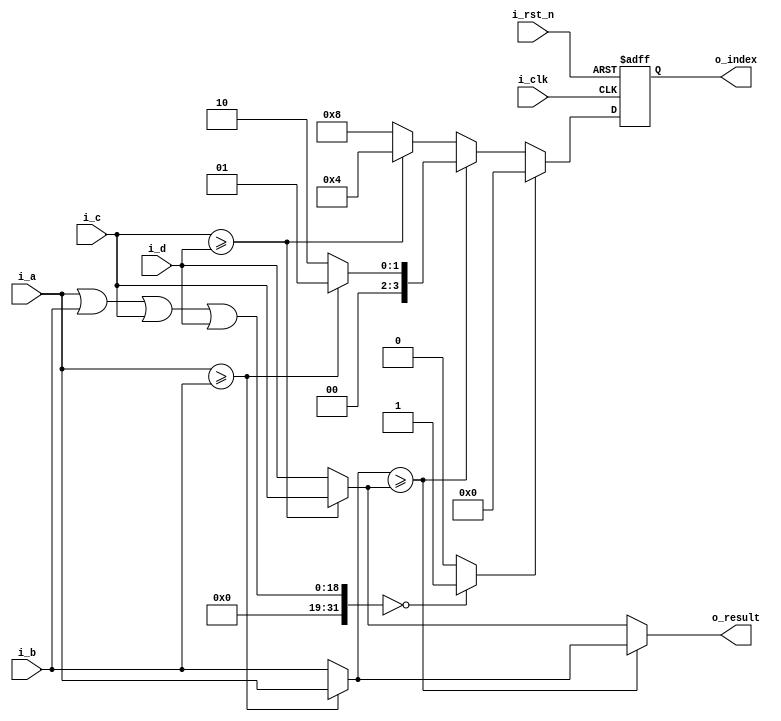

module comparator_4in
#(parameter  p_width = 19)
(
input  i_clk,
input  i_rst_n,
input  [p_width-1:0]  i_a,
input  [p_width-1:0]  i_b,
input  [p_width-1:0]  i_c,
input  [p_width-1:0]  i_d,
output [p_width-1:0]  o_result,
output [3:0]          o_index
);

wire  [3:0]  w_l1, w_l2, w_index;
reg   [3:0]  r_index;
wire         w_z;
wire  [p_width-1:0] w_l3,w_l4;
assign w_z = ((i_a | i_b | i_c | i_d)==0)? 1:0;
assign w_l1 = (i_a>=i_b)? 4'b0001:4'b0010;
assign w_l2 = (i_c>=i_d)? 4'b0100:4'b1000;
assign w_index = w_z? 4'b0000:(w_l3 >= w_l4)? w_l1:w_l2;
assign o_index = r_index;
assign w_l3 = (i_a>=i_b)? i_a:i_b;
assign w_l4 = (i_c>=i_d)? i_c:i_d;
assign o_result = (w_l3 >= w_l4)? w_l3:w_l4;
always @( posedge ~i_clk or negedge i_rst_n)
begin
if(!i_rst_n) 
  r_index <=0;
else 
  r_index <= w_index;
end

// wire w_t1;
// wire w_t2;
// wire w_t3;
// wire w_t4;
// wire w_t5;
// wire w_t6;
// wire w_a,w_b,w_c,w_d;
// wire [3*p_width-1:0]  w_res;
// wire [3:0]            w_index;
// wire                  w_eq;
// assign w_t1  = (i_a>=i_b)?1:0;
// assign w_t2  = (i_a>=i_c)?1:0;
// assign w_t3  = (i_a>=i_d)?1:0;
// assign w_t4  = (i_b>=i_c)?1:0;
// assign w_t5  = (i_b>=i_d)?1:0;
// assign w_t6  = (i_c>=i_d)?1:0;
// assign w_eq  = (i_a == i_b && i_c==i_d && i_b==i_c )? 1:0;
// assign w_a  =  w_t1 && w_t2 && w_t3;
// assign w_b  = !w_t1 && w_t4 && w_t5;
// assign w_c  = ((!w_t1 && !w_t4) || (w_t1 && !w_t2)) && w_t6;
// assign w_d  = (!w_t1 && !w_t4 && !w_t6) || (w_t1 && w_t2&& !w_t3) || (!w_t1 && w_t4 && !w_t5);
// assign w_res   = (w_a)?i_a:((w_b)? i_b:((w_c)?i_c:((w_d)?i_d:0)));
// assign w_index = (w_res)? ((w_a)?4'h1:(w_b)? 4'h2:(w_c)?4'h4:4'h8):4'h0;
// assign o_index  = w_index;
// assign o_result = w_res;
endmodule